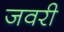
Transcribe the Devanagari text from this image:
जवरी